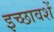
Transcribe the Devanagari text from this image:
इच्छावशें